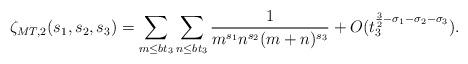
LaTeX: \begin{align*}\zeta_{MT,2} (s_1,s_2,s_3) = \sum_{m \leq bt_3} \sum_{n \leq bt_3} \frac{1}{m^{s_1}n^{s_2}(m+n)^{s_3}} +O ( t_3^{\frac{3}{2}-\sigma_1-\sigma_2-\sigma_3} ).\end{align*}